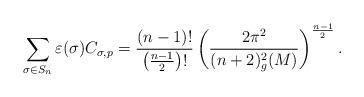
LaTeX: \begin{align*}\sum_{\sigma\in S_n}\varepsilon(\sigma)C_{\sigma,p}=\frac{(n-1)!}{\left(\frac{n-1}{2}\right)!}\left(\frac{2\pi^2}{(n+2)^2_g(M)}\right)^{\frac{n-1}{2}}.\end{align*}